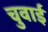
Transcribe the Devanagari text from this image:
चुवाई